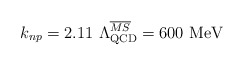
\begin{align*}k_{np}=2.11\ \Lambda^{\overline{MS}}_{\rm QCD}=600\ {\rm MeV}\end{align*}